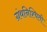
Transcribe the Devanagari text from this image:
ग्रंथनिश्चिती